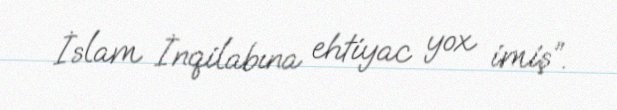
İslam İnqilabına ehtiyac yox imiş”.